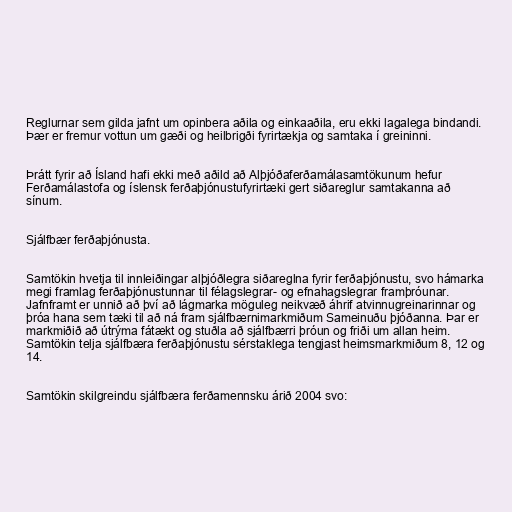
Reglurnar sem gilda jafnt um opinbera aðila og einkaaðila, eru ekki lagalega bindandi.
Þær er fremur vottun um gæði og heilbrigði fyrirtækja og samtaka í greininni.

Þrátt fyrir að Ísland hafi ekki með aðild að Alþjóðaferðamálasamtökunum hefur
Ferðamálastofa og íslensk ferðaþjónustufyrirtæki gert siðareglur samtakanna að
sínum.

Sjálfbær ferðaþjónusta.

Samtökin hvetja til innleiðingar alþjóðlegra siðareglna fyrir ferðaþjónustu, svo hámarka
megi framlag ferðaþjónustunnar til félagslegrar- og efnahagslegrar framþróunar.
Jafnframt er unnið að því að lágmarka möguleg neikvæð áhrif atvinnugreinarinnar og
þróa hana sem tæki til að ná fram sjálfbærnimarkmiðum Sameinuðu þjóðanna. Þar er
markmiðið að útrýma fátækt og stuðla að sjálfbærri þróun og friði um allan heim.
Samtökin telja sjálfbæra ferðaþjónustu sérstaklega tengjast heimsmarkmiðum 8, 12 og
14.

Samtökin skilgreindu sjálfbæra ferðamennsku árið 2004 svo: